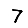
Digit: 7